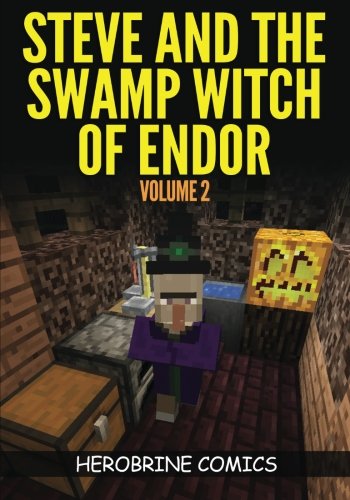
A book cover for Steve And The Swamp Witch of Endor: The Ultimate Minecraft Comic Book Volume 2; Herobrine Comics; Children's Books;